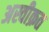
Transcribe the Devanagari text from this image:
अस्वीक्रत